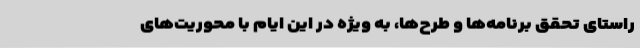
راستای تحقق برنامه‌ها و طرح‌ها، به ویژه در این ایام با محوریت‌های